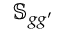
\mathbb { S } _ { g g ^ { \prime } }